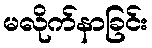
မလိုက်နာခြင်း